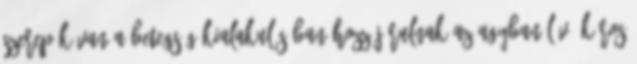
szerepük van a betegség kialakulásában,hozzájárulnak az agyban lévő kóros